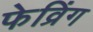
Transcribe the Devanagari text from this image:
फेव्रिंग